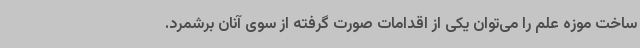
ساخت موزه علم را می‌توان یکی از اقدامات صورت گرفته از سوی آنان برشمرد.